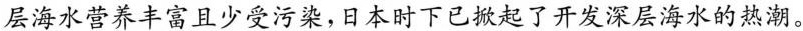
层海水营养丰富且少受污染，日本时下已掀起了开发深层海水的热潮。